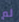
لم